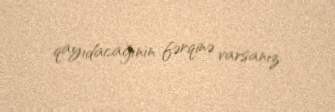
qayıdacağının fərqinə varsanız.